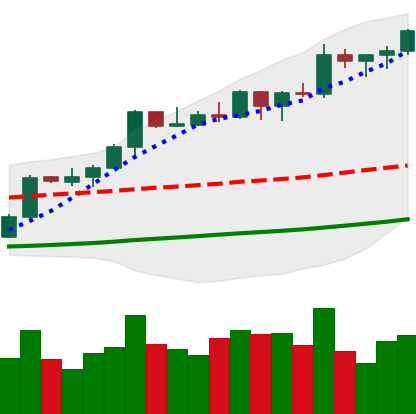
Ticker: BTC-USD
Chart end date: 2021-10-19
Forward return: -5.184%
Label: down_5_7